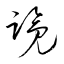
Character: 覽